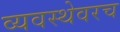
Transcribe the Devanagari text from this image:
व्यवस्थेवरच